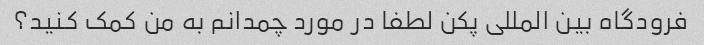
فرودگاه بین المللی پکن لطفا در مورد چمدانم به من کمک کنید؟